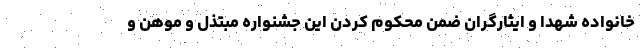
خانواده شهدا و ایثارگران ضمن محکوم کردن این جشنواره مبتذل و موهن و